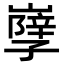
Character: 𡦣